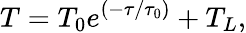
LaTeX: T=T_{0}e^{(-\tau/\tau_{0})}+T_{L},